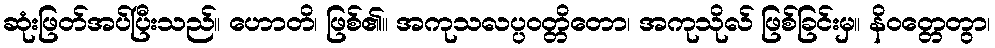
ဆုံးဖြတ်အပ်ပြီးသည်။ ဟောတိ၊ ဖြစ်၏။ အကုသလပ္ပဝတ္တိတော၊ အကုသိုလ် ဖြစ်ခြင်းမှ။ နိဝတ္တေတွာ၊